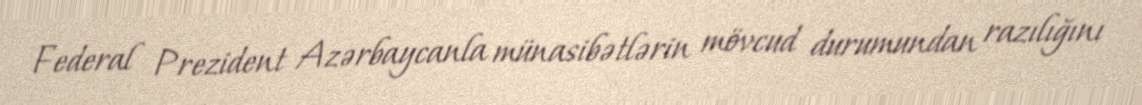
Federal Prezident Azərbaycanla münasibətlərin mövcud durumundan razılığını